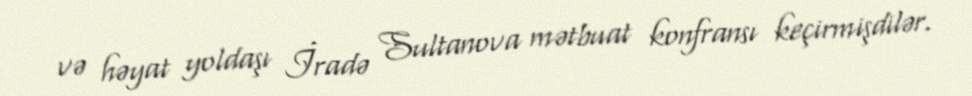
və həyat yoldaşı İradə Sultanova mətbuat konfransı keçirmişdilər.